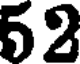
52